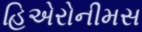
હિએરોનીમસ